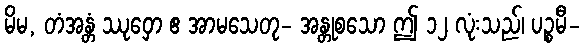
မိမ, တံအန္တံ ဿုဝှော ဧ အာမသေတု- အန္တုစသော ဤ ၁၂ လုံးသည်၊ ပဉ္စမီ-